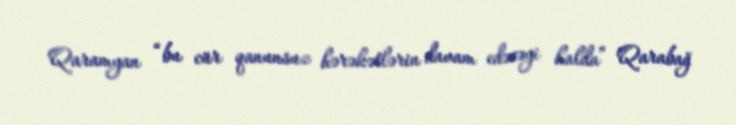
Qaramyan “bu cür qanunsuz hərəkətlərin davam edəcəyi halda” Qarabağ